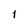
Character: 1